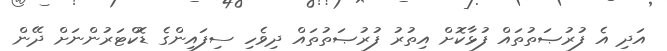
އަދި އެ ފުރުޞަތުތައް ފުޅާކޮށް އިތުރު ފުރުޞަތުތައް ދިވެހި ސިފައިންގެ ޑޮކްޓަރުންނަށް ދޭން